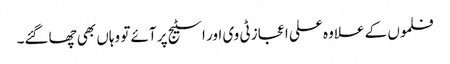
فلموں کے علاوہ علی اعجاز ٹی وی اور اسٹیج پر آئے تو وہاں بھی چھاگئے۔